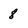
Character: 8